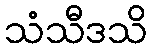
သံသီဒသိ